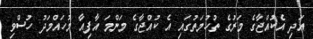
އަދި އެކުއްޖާގެ މަރުގެ ތުހުމަތުގައި އެ ކުއްޖާގެ މަންމަ އާފިއާ މުހައްމަދު ހުސްވި